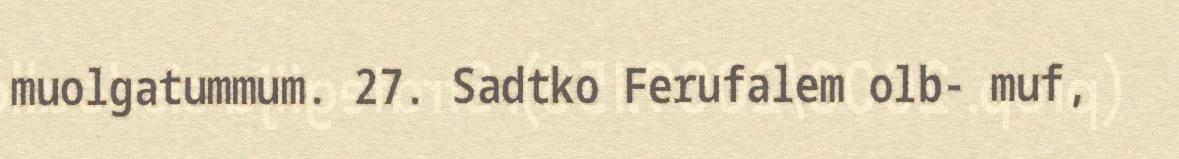
muolgatummum. 27. Sadtko Ferufalem olb- muf,